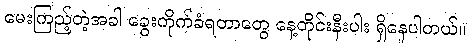
မေးကြည့်တဲ့အခါ ခွေးကိုက်ခံရတာတွေ နေ့တိုင်းနီးပါး ရှိနေပါတယ်။